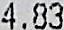
4.83